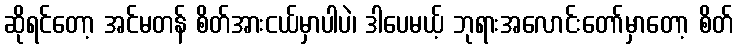
ဆိုရင်တော့ အင်မတန် စိတ်အားငယ်မှာပါပဲ၊ ဒါပေမယ့် ဘုရားအလောင်းတော်မှာတော့ စိတ်